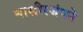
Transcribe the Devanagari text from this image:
नासीरजंगने